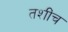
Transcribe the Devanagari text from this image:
तशींच